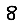
Digit: 8